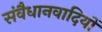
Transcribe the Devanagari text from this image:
संवैधानवादियों